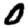
Digit: 0